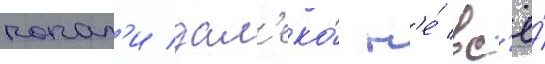
попал'и дал'еко́ н'е́ вс'ё́